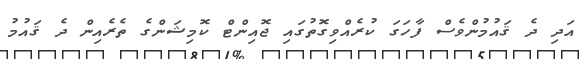
އަދި ދެ ޤައުމުންވެސް ފާހަގަ ކުރެއްވިގޮތުގައި ޖޮއިންޓް ކޮމިޝަންގެ ތެރެއިން ދެ ޤައުމު